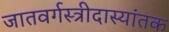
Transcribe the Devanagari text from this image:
जातवर्गस्त्रीदास्यांतक